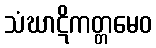
သံဃာဋိကတ္တမေဝ